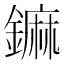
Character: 𨬈